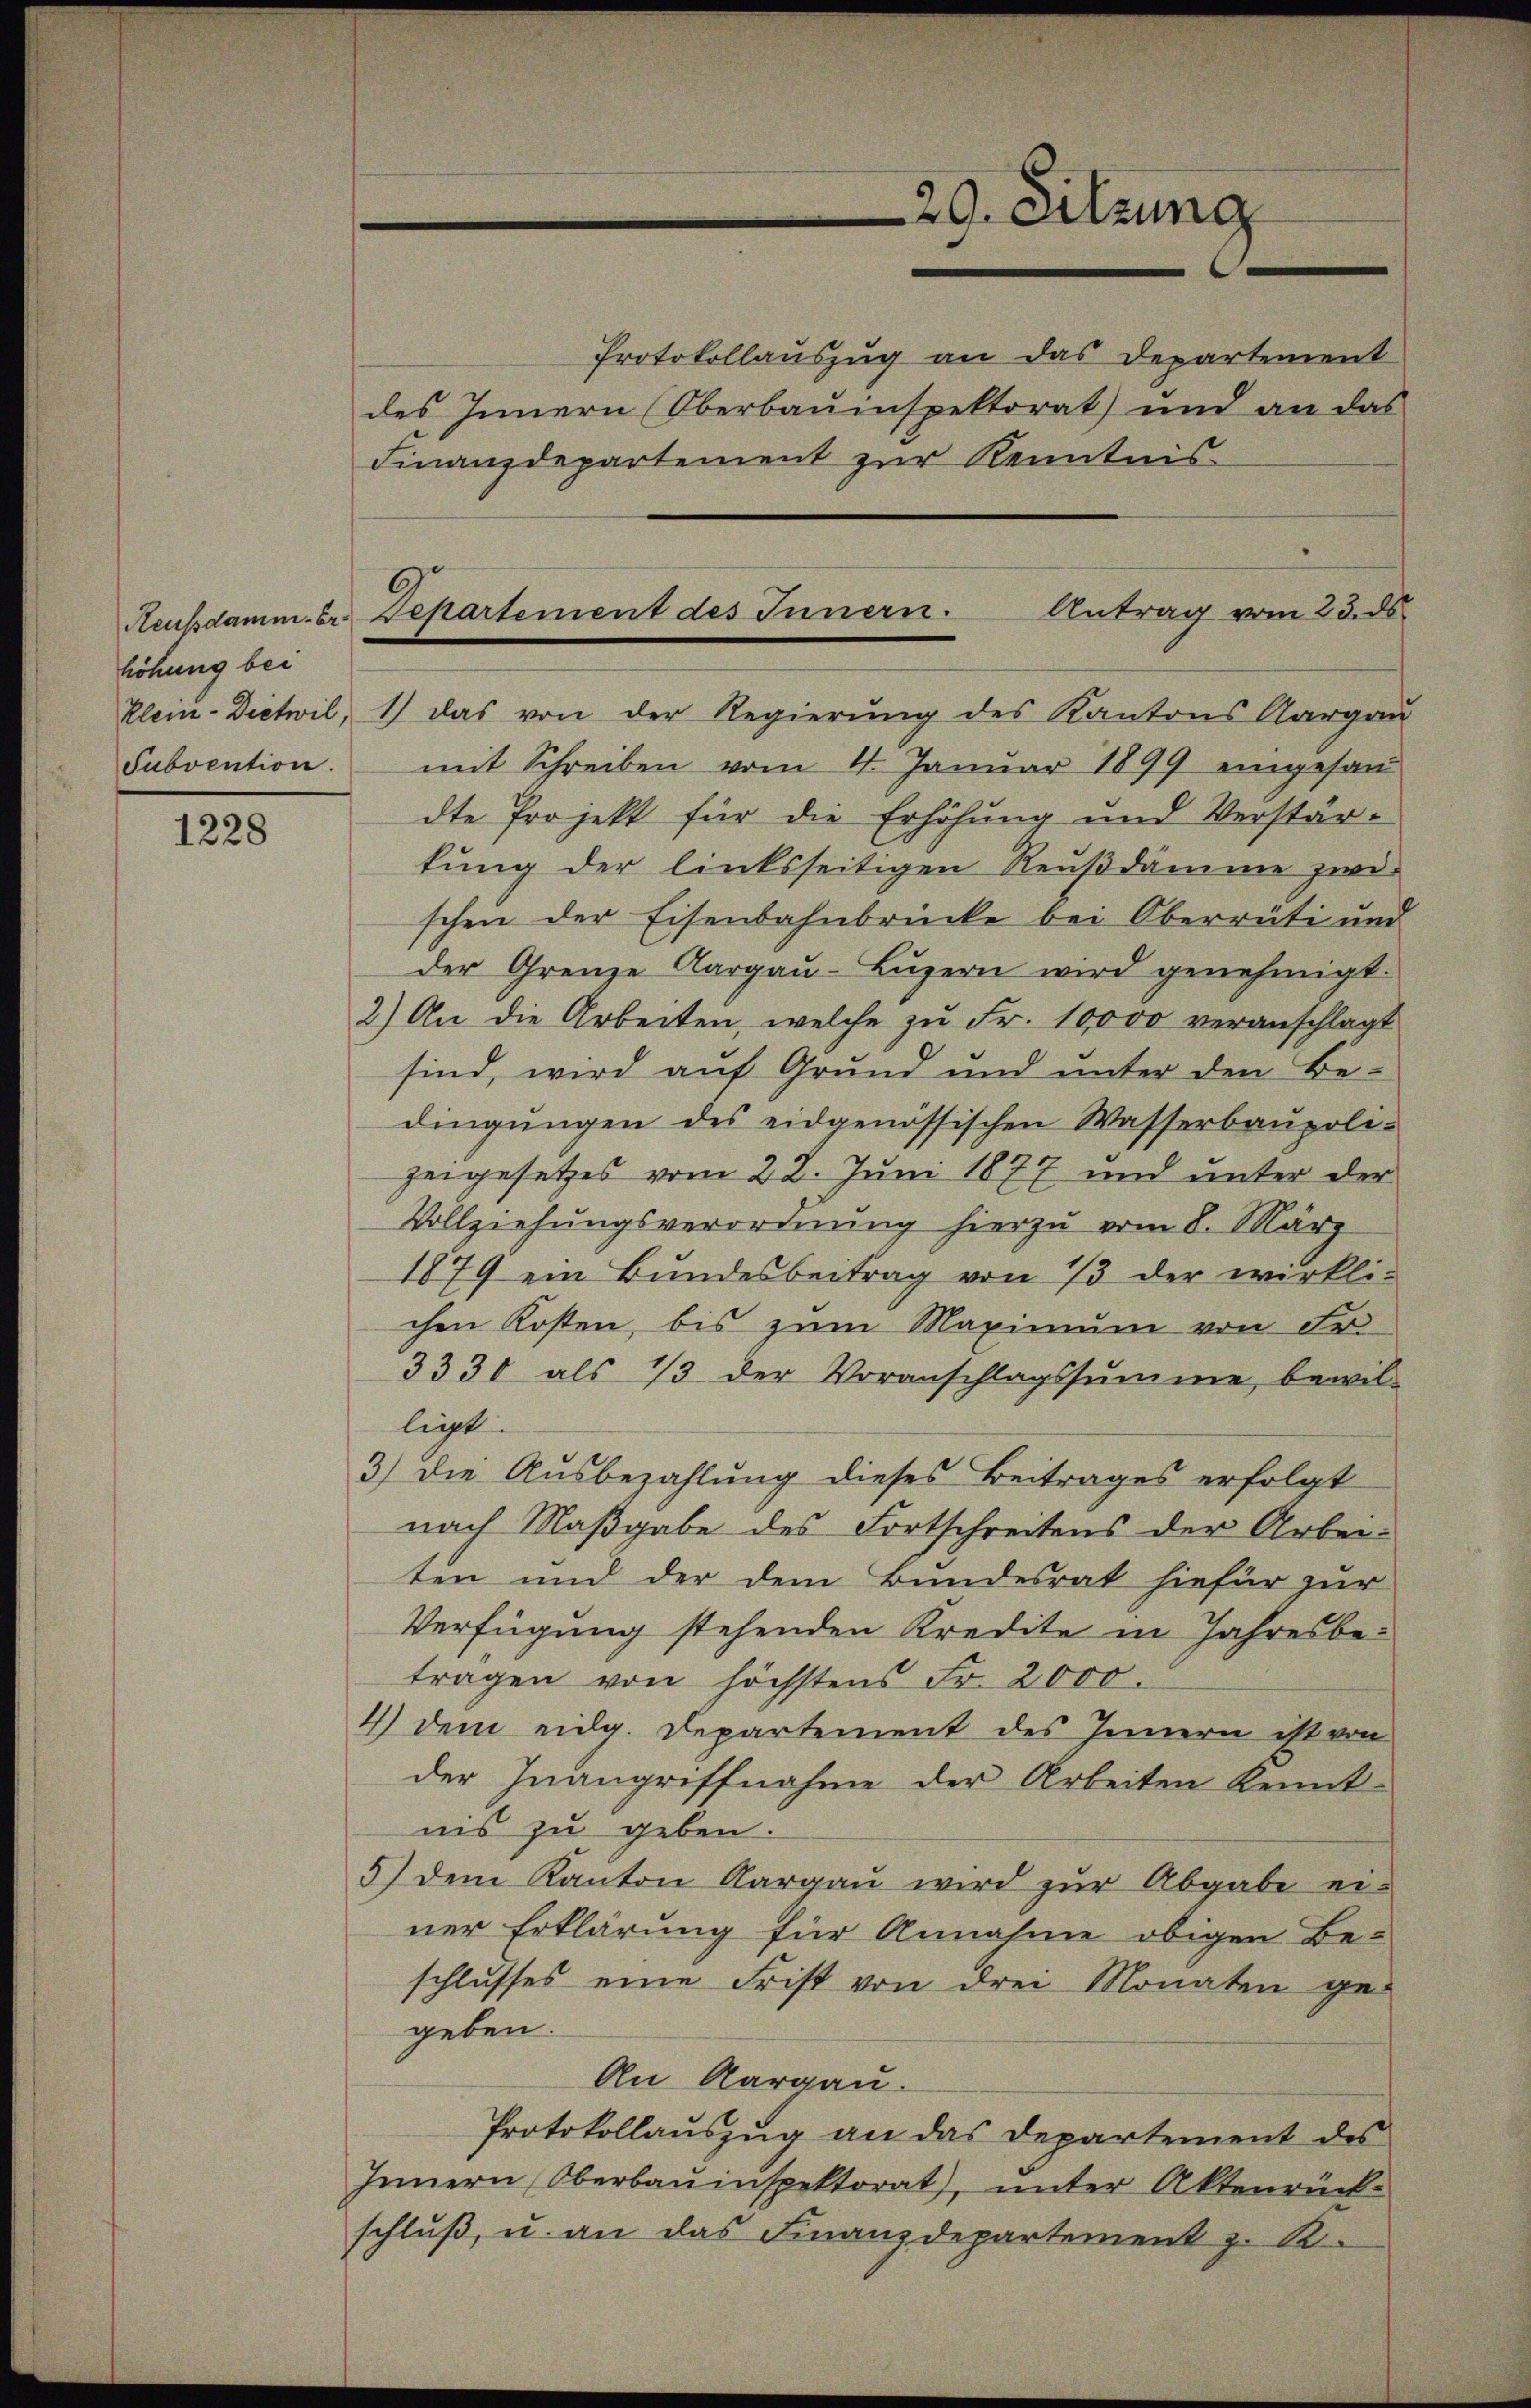
höhung bei
Subvention.

1228

29. Sitzung
Protokollauszug an das Departement
des Innern (Oberbauinspektorat) und an das
Finanzdepartement zur Kenntnis-

mit Schreiben vom 4. Januar 1899 eingesand
dte Projekt für die Erhöhung und Verstärkung der linksseitigen Reußdämme zwi-
schen der Eisenbahnbrücke bei Oberrüti und
der Grenze Aargaŭ-Lŭzern wird genehmigt.
2.) An die Arbeiten, welche zŭ Fr. 10000 veranschlagt
sind, wird auf Grund und unter den Be-
dingŭngen des eidgenössischen Wasserbaupoli-
zeigesetzes vom 22. Juni 1877 und unter der
Vollziehungsverordnung hierzu vom 8. März
1879 ein Bundesbeitrag von 13 der wirkli-
chen Kosten, bis zum Maximum von Fr.
3330 als 1/3 der Voranschlagssumme bewil-
ligt
3.) Die Aŭsbezahlŭng dieses Beitrages erfolgt
nach Maßgabe des Fortschreitens der Arbei-
ten und der dem Bundesrat hiefür zur
Verfügung stehenden Kredite in Jahresbetragen von höchstens Fr. 2000.
4) dem eidg. Departement des Innern ist von
der Inangriffnahme der Arbeiten kennt-
nis zu geben.
5) dem Kanton Aargau wird zur Abgabe ei-
ner Erklärung für Annahme obigen Be-
schlusses eine Frist von drei Monaten gegeben.
An Aargau.
Protokollauszug an das Departement des
Innern Oberbauinspektorat, unter Aktenrück-
schlŭβ, u. an das Finanzdepartement z. B.

Reubdamm. Er Departement des Innern. Antrag vom 23. ds.
Klein-Dietwil, 1) das von der Regierung des Kantons Aargau